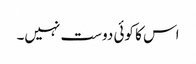
اس کا کوئی دوست نہیں۔